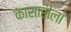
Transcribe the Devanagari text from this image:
कासारीला